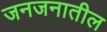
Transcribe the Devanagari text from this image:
जनजनातील